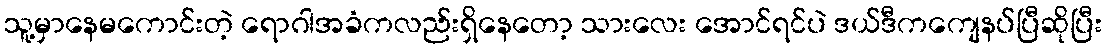
သူ့မှာနေမကောင်းတဲ့ ရောဂါအခံကလည်းရှိနေတော့ သားလေး အောင်ရင်ပဲ ဒယ်ဒီကကျေနပ်ပြီဆိုပြီး